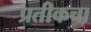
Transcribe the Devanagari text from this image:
प्रतीकचा